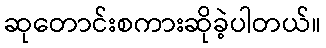
ဆုတောင်းစကားဆိုခဲ့ပါတယ်။